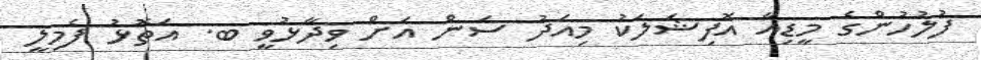
ފުލުހުންގެ މީޑިއާ އޮފިޝަލަކު މިއަދު ސަން އަށް ވިދާޅުވީ ބ. އަތޮޅު ފެމިލީ